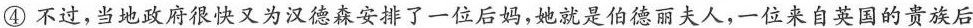
④不过，当地政府很快又为汉德森安排了一位后妈，她就是伯德丽夫人，一位来自英国的贵族后